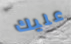
عليك